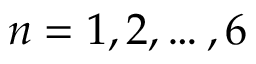
n = 1 , 2 , \ldots , 6